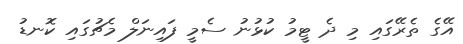
އޭގެ ތެރޭގައި މި ދެ ޓީމު ކުޅުނު ސެމީ ފައިނަލް މެޗުގައި ކޮނޑު